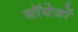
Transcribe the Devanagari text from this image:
सॉसेजों